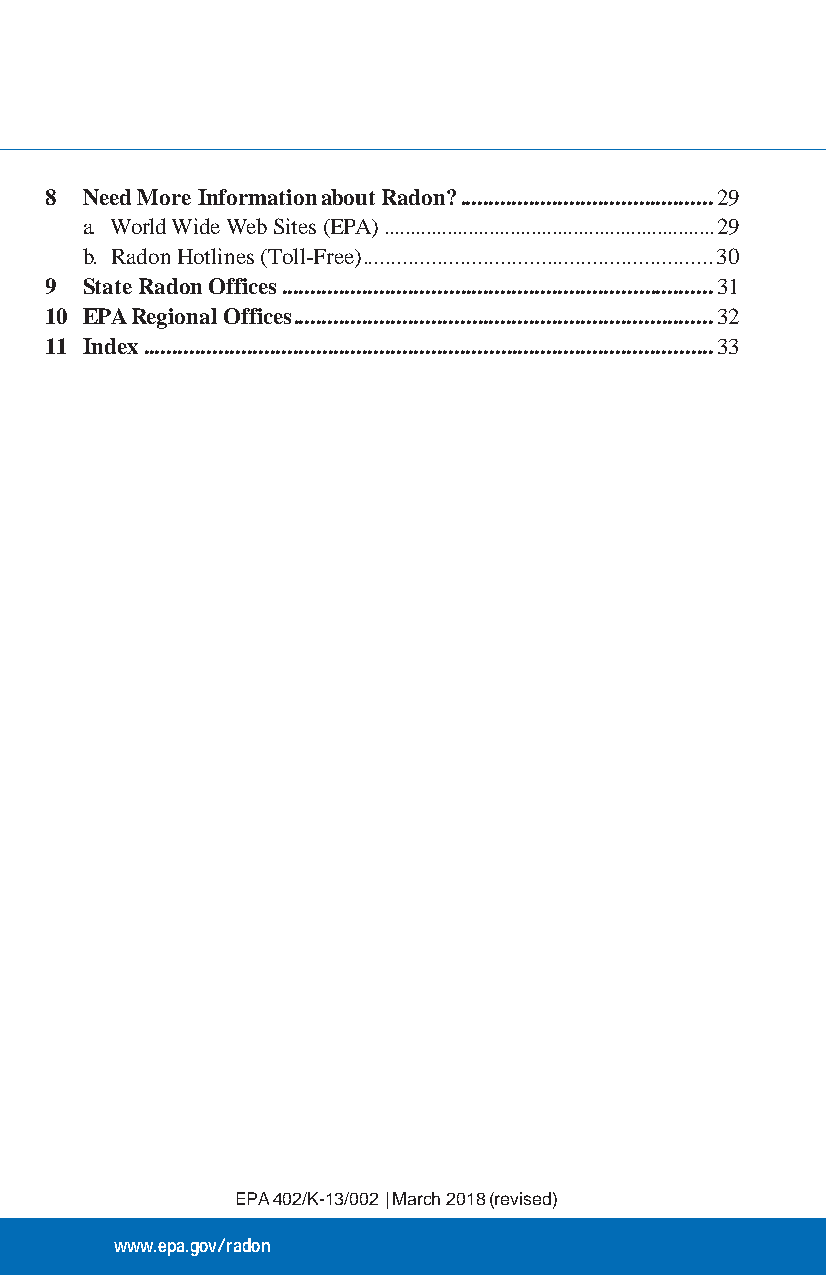
8 Need More Information about Radon? ............................................ 29
 a. World Wide Web Sites (EPA) ............................................................... 29
 b. Radon Hotlines (Toll-Free) ............................................................. 30
 9 State Radon Offices ........................................................................... 31
 10 EPA Regional Offices ......................................................................... 32
 11 Index ................................................................................................... 33
 EPA 402/K-13/002 | March 2018 (revised)
 www.epa.gov/radon